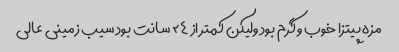
مزه پیتزا خوب و گرم بود ولیکن کمتر از ۲۴ سانت بود سیب زمینی عالی